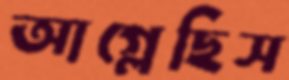
আগ্‌লেছিস